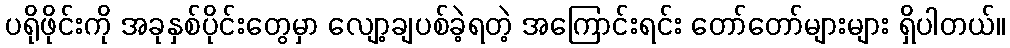
ပရိုဖိုင်းကို အခုနှစ်ပိုင်းတွေမှာ လျော့ချပစ်ခဲ့ရတဲ့ အကြောင်းရင်း တော်တော်များများ ရှိပါတယ်။